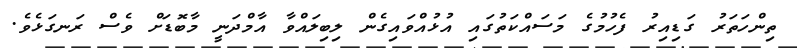
ތިންހަތަރު ގަޑިއިރު ފެހުމުގެ މަސައްކަތުގައި އުޅުއްވައިގެން ލިބިލައްވާ އާމްދަނީ މާބޮޑަށް ވެސް ރަނގަޅެވެ.